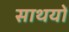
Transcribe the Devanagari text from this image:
साथयों